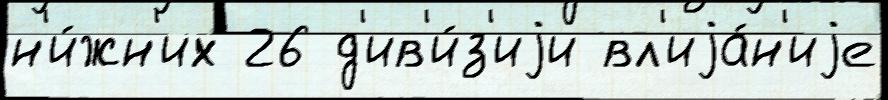
н'и́жн'их 26 д'ив'и́з'иjи вл'иjа́н'иjе